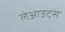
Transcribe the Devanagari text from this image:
लेआउट्स